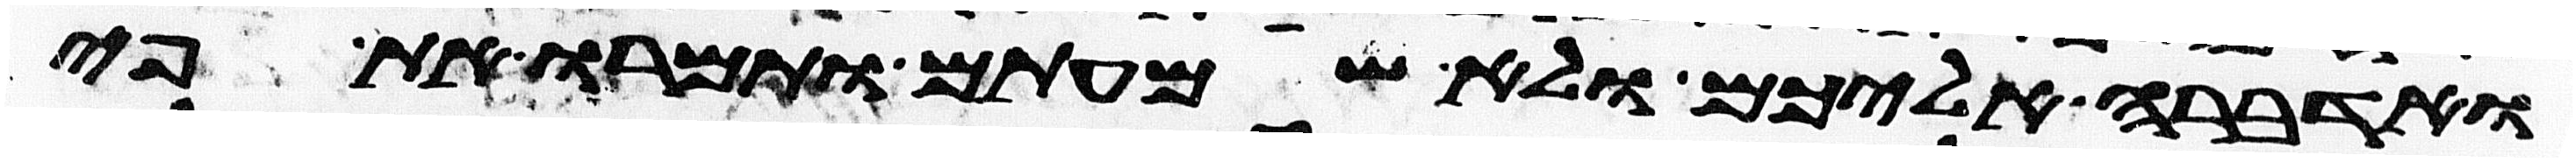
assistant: ואדברה אליכם ולא שמעתם ותמרו את פי